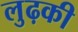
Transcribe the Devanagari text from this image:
लुढ़की